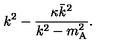
k ^ { 2 } - \frac { \kappa \bar { k } ^ { 2 } } { k ^ { 2 } - m _ { \mathrm { A } } ^ { 2 } } .